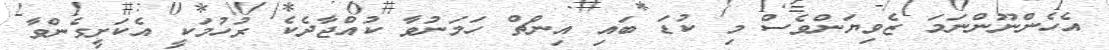
އެހެންނޫންނަމަ ޒެވިޔަންވެސް މި ކުޑަ ބައި އިންޗް ހަމަނުވާ ކުއްޖާދެކެ ރުހުމަކީ އެކަށީގެންވާ